Senior Leaving Certificate Examination (including Day School Certificate (Higher) General paper), 1948
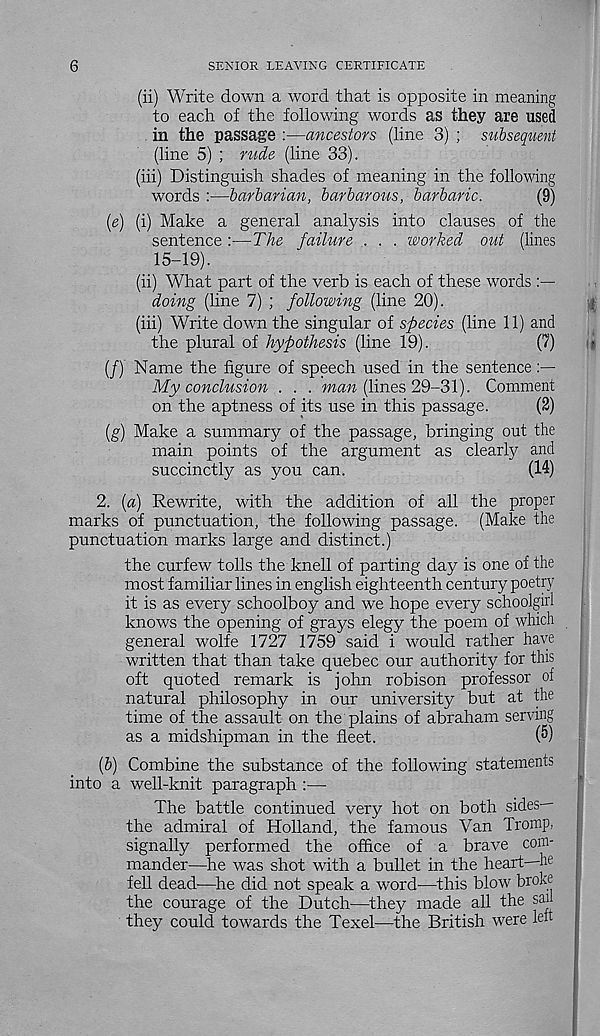
6
SENIOR LEAVING CERTIFICATE
(ii) Write down a word that is opposite in meaning
to each of the following words as they are used
in the passage :—ancestors (line 3) ; subsequent
(line 5) ; rude (line 33).
(iii) Distinguish shades of meaning in the following
words :—barbarian, barbarous, barbaric.
(9)
[e) (i) Make a general analysis into clauses of the
sentence :—The failure . . . worked out (lines
15-19).
(ii) What part of the verb is each of these words
doing (line 7) ; following (line 20).
(iii) Write down the singular of species (line 11) and
the plural of hypothesis (line 19).
(7)
(/) Name the figure of speech used in the sentence
My conclusion . . . maw (lines 29-31). Comment
on the aptness of its use in this passage.
(2)
{g) Make a summary of the passage, bringing out the
main points of the argument as clearly and
succinctly as you can.
(14)
2. (a) Rewrite, with the addition of all the proper
marks of punctuation, the following passage. (Make the
punctuation marks large and distinct.)
the curfew tolls the knell of parting day is one of the
most familiar lines in english eighteenth century poetry
it is as every schoolboy and we hope every schoolgirl
knows the opening of grays elegy the poem of which
general wolfe 1727 1759 said i would rather have
written that than take quebec our authority for this
oft quoted remark is John robison professor of
natural philosophy in our university but at the
time of the assault on the plains of abraham serving
as a midshipman in the fleet.
(5)
(&) Combine the substance of the following statements
into a well-knit paragraph :—
The battle continued very hot on both sides—
the admiral of Holland, the famous Van Tromp,
signally performed the office of a brave com-
mander—he was shot with a bullet in the heart he
fell dead—he did not speak a word—this blow broke
the courage of the Dutch—they made all the sail
they could towards the Texel—the British were left